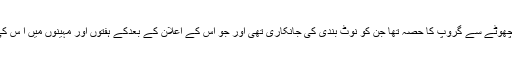
وہ کچھ چنندہ نوکرشاہوں کے اس چھوٹے سے گروپ کا حصہ تھا جن کو نوٹ بندی کی جانکاری تھی اور جو اس کے اعلان کے بعدکے ہفتوں اور مہینوں میں ا س کی عمل آوری کے لئے ذمہ دار تھا۔